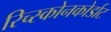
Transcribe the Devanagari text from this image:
रिच्स्कोनकोर्डाट